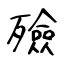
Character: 殮